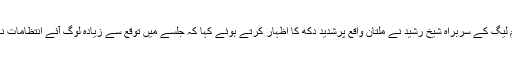
عوامی مسلم لیگ کے سربراہ شیخ رشید نے ملتان واقع پرشدید دکھ کا اظہار کرتے ہوئے کہا کہ جلسے میں توقع سے زیادہ لوگ آئے انتظامات ناکافی تھے۔